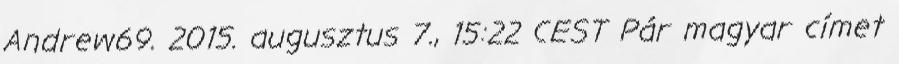
Andrew69. 2015. augusztus 7., 15:22 CEST Pár magyar címet